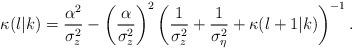
LaTeX: \begin{align*}\kappa(l|k)=\frac{\alpha^2}{\sigma_z^2}-\left(\frac{\alpha}{\sigma_z^2}\right)^2\left(\frac{1}{\sigma_z^2}+\frac{1}{\sigma_\eta^2}+\kappa(l+1|k)\right)^{-1}.\end{align*}